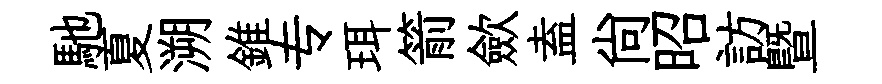
馳夏溯錐专珥箭歛盍尚昭訪暨